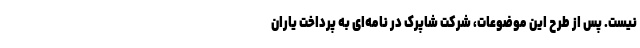
نیست. پس از طرح این موضوعات، شرکت شاپرک در نامه‌ای به پرداخت یاران